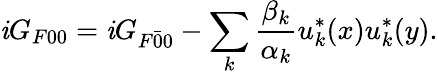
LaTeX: \mathit{i}G_{F00}=\mathit{i}G_{F\bar{{0}}{0}}-\sum_{k}\frac{{\beta_{k}}}{{\alpha_{k}}}u_{k}^{*}(x)u_{k}^{*}(y).